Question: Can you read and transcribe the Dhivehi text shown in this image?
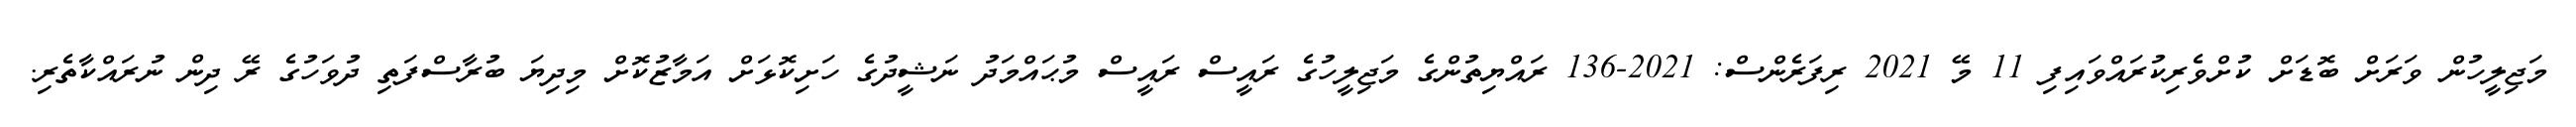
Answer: މަޖިލީހުން ވަރަށް ބޮޑަށް ކުށްވެރިކުރައްވައިފި 11 މޭ 2021 ރިފަރެންސް: 2021-136 ރައްޔިތުންގެ މަޖިލީހުގެ ރައީސް ރައީސް މުޙައްމަދު ނަޝީދުގެ ހަށިކޮޅަށް އަމާޒުކޮށް މިދިޔަ ބުރާސްފަތި ދުވަހުގެ ރޭ ދިން ނުރައްކާތެރި.